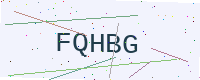
Text: FQHBG